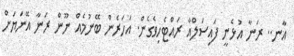
އާނ.. ރަނާ އުޅެނީ ފައިސަލްއާ ރައްޓެހިވެގެން. އަހަރެން ބޭނުމެއް ނޫން ރަނާ އޭނަޔަށް